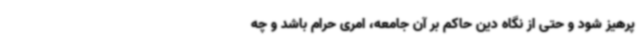
پرهیز شود و حتی از نگاه دین حاکم بر آن جامعه، امری حرام باشد و چه